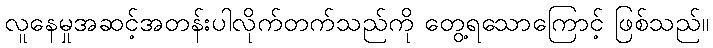
လူနေမှုအဆင့်အတန်းပါလိုက်တက်သည်ကို တွေ့ရသောကြောင့် ဖြစ်သည်။